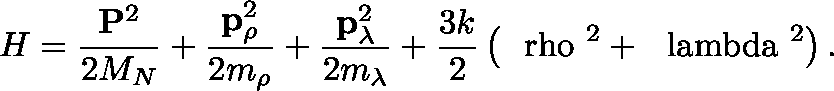
H = { \frac { { \bf P } ^ { 2 } } { 2 M _ { N } } } + { \frac { { \bf p } _ { \rho } ^ { 2 } } { 2 m _ { \rho } } } + { \frac { { \bf p } _ { \lambda } ^ { 2 } } { 2 m _ { \lambda } } } + { \frac { 3 k } { 2 } } \left( { \mathrm { \boldmath ~ \ r h o ~ } } ^ { 2 } + { \mathrm { \boldmath ~ \ l a m b d a ~ } } ^ { 2 } \right) .